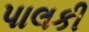
પાલકી